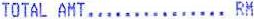
TOTAL AMT................. RM